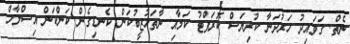
ނެތް. ގަވައިދު ހަރުދަނާ ކުރިޔަސް ކޮރަޕްޓު ކަމާއި ނާތަހުޒީބުކަން ކެނޑިގެން ކަންކަން އިސްލާހް